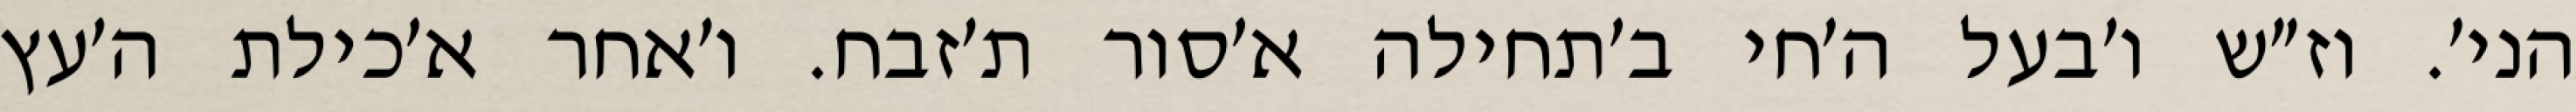
הני׳. וז״ש ו׳בעל ה׳חי ב׳תחילה א׳סור ת׳זבח. ו׳אחר א׳כילת ה׳עץ